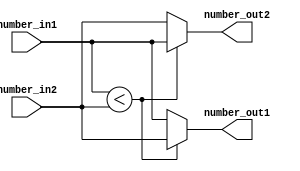
module BITONIC_DS(number_in1, number_in2, number_out1, number_out2);
input  [7:0] number_in1;
input  [7:0] number_in2;
output [7:0] number_out1;
output [7:0] number_out2;
reg [7:0] number_out1;
reg [7:0] number_out2;
/*
    Write your design here!
*/

	always@(*)begin
		if(number_in1<number_in2) begin
			number_out1 = number_in2;
			number_out2 = number_in1;
		end
		else begin
			number_out1 = number_in1;
			number_out2 = number_in2;
		end
	end
endmodule